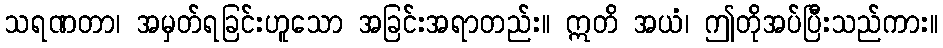
သရဏတာ၊ အမှတ်ရခြင်းဟူသော အခြင်းအရာတည်း။ ဣတိ အယံ၊ ဤတိုအပ်ပြီးသည်ကား။